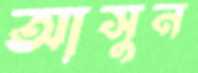
আসুন